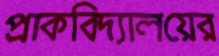
প্রাকবিদ্যালয়ের